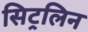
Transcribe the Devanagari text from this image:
सिट्रलिन